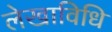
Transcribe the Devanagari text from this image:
लेखाविधि